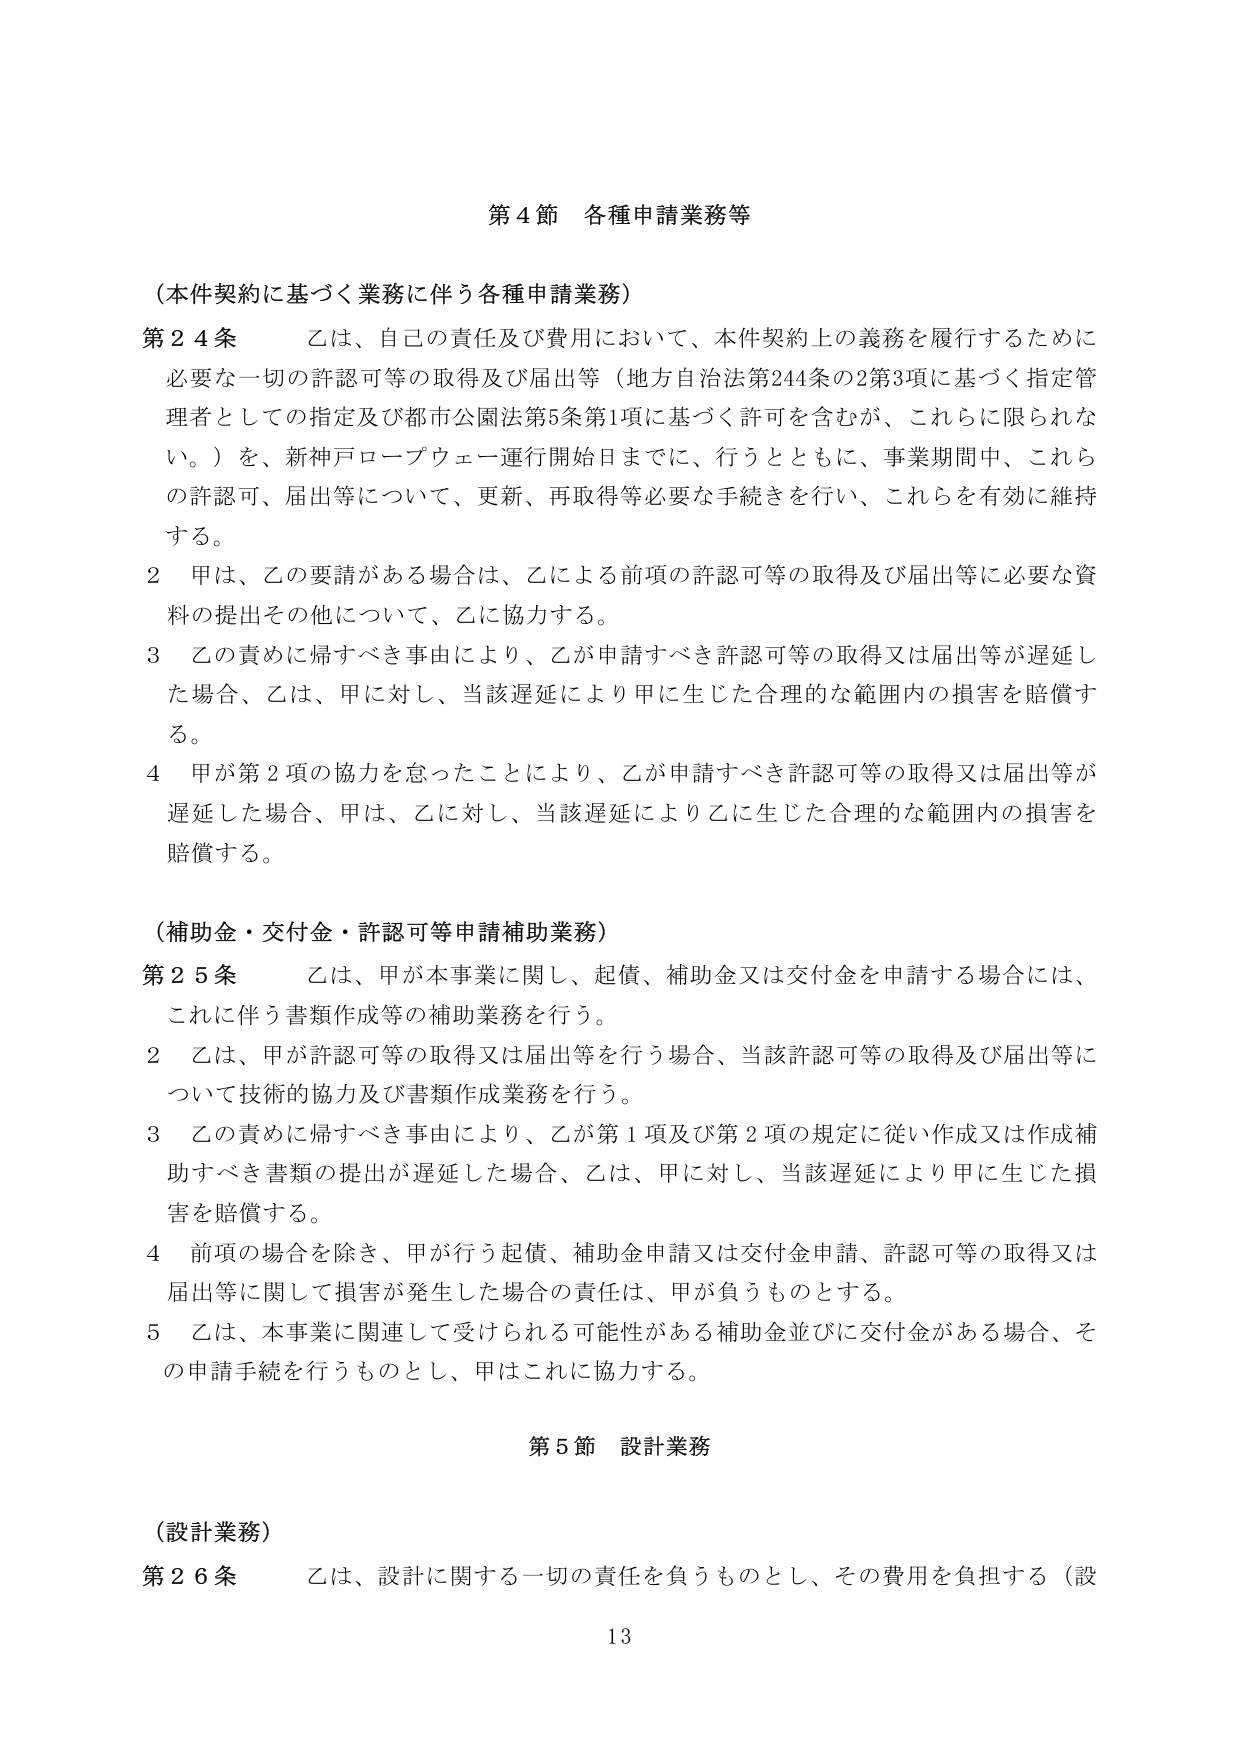
第４節 各種申請業務等

（本件契約に基づく業務に伴う各種申請業務）

第２４条 乙は、自己の責任及び費用において、本件契約上の義務を履行するために必要な一切の許認可等の取得及び届出等（地方自治法第244条の2第3項に基づく指定管理者としての指定及び都市公園法第5条第1項に基づく許可を含むが、これらに限られない。）を、新神戸ロープウェー運行開始日までに、行うとともに、事業期間中、これらの許認可、届出等について、更新、再取得等必要な手続きを行い、これらを有効に維持する。

２ 甲は、乙の要請がある場合は、乙による前項の許認可等の取得及び届出等に必要な資料の提出その他について、乙に協力する。

３ 乙の責めに帰すべき事由により、乙が申請すべき許認可等の取得又は届出等が遅延した場合、乙は、甲に対し、当該遅延により甲に生じた合理的な範囲内の損害を賠償する。

４ 甲が第２項の協力を怠ったことにより、乙が申請すべき許認可等の取得又は届出等が遅延した場合、甲は、乙に対し、当該遅延により乙に生じた合理的な範囲内の損害を賠償する。

（補助金・交付金・許認可等申請補助業務）

第２５条 乙は、甲が本事業に関し、起債、補助金又は交付金を申請する場合には、これに伴う書類作成等の補助業務を行う。

２ 乙は、甲が許認可等の取得又は届出等を行う場合、当該許認可等の取得及び届出等について技術的協力及び書類作成業務を行う。

３ 乙の責めに帰すべき事由により、乙が第１項及び第２項の規定に従い作成又は作成補助すべき書類の提出が遅延した場合、乙は、甲に対し、当該遅延により甲に生じた損害を賠償する。

４ 前項の場合を除き、甲が行う起債、補助金申請又は交付金申請、許認可等の取得又は届出等に関して損害が発生した場合の責任は、甲が負うものとする。

５ 乙は、本事業に関連して受けられる可能性がある補助金並びに交付金がある場合、その申請手続を行うものとし、甲はこれに協力する。

第５節 設計業務

（設計業務）

第２６条 乙は、設計に関する一切の責任を負うものとし、その費用を負担する（設

13